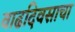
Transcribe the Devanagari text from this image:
वाढदिवसाचा